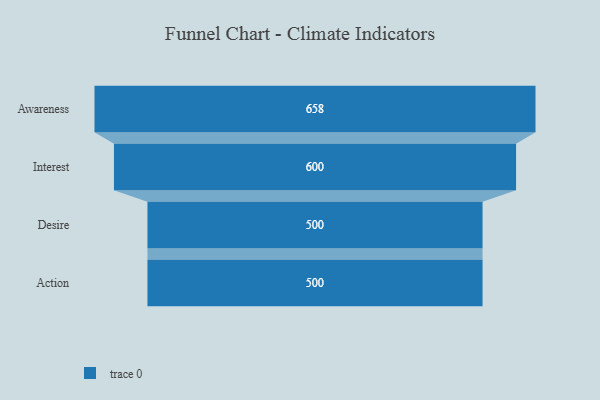
{"axis": {"x": "Stage", "y": "Value"}, "legend": [""], "data": [{"x": "Awareness", "y": 658.0, "type": ""}, {"x": "Interest", "y": 600.0, "type": ""}, {"x": "Desire", "y": 500, "type": ""}, {"x": "Action", "y": 500, "type": ""}]}